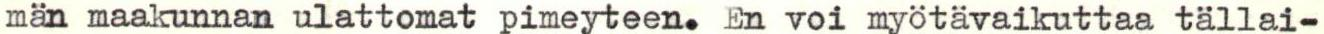
män maakunnan ulattomat pimeyteen. En voi myötävaikuttaa tällai-